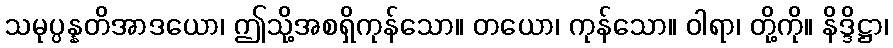
သမုပ္ပန္နတိအာဒယော၊ ဤသို့အစရှိကုန်သော။ တယော၊ ကုန်သော။ ဝါရာ၊ တို့ကို။ နိဒ္ဒိဋ္ဌာ၊